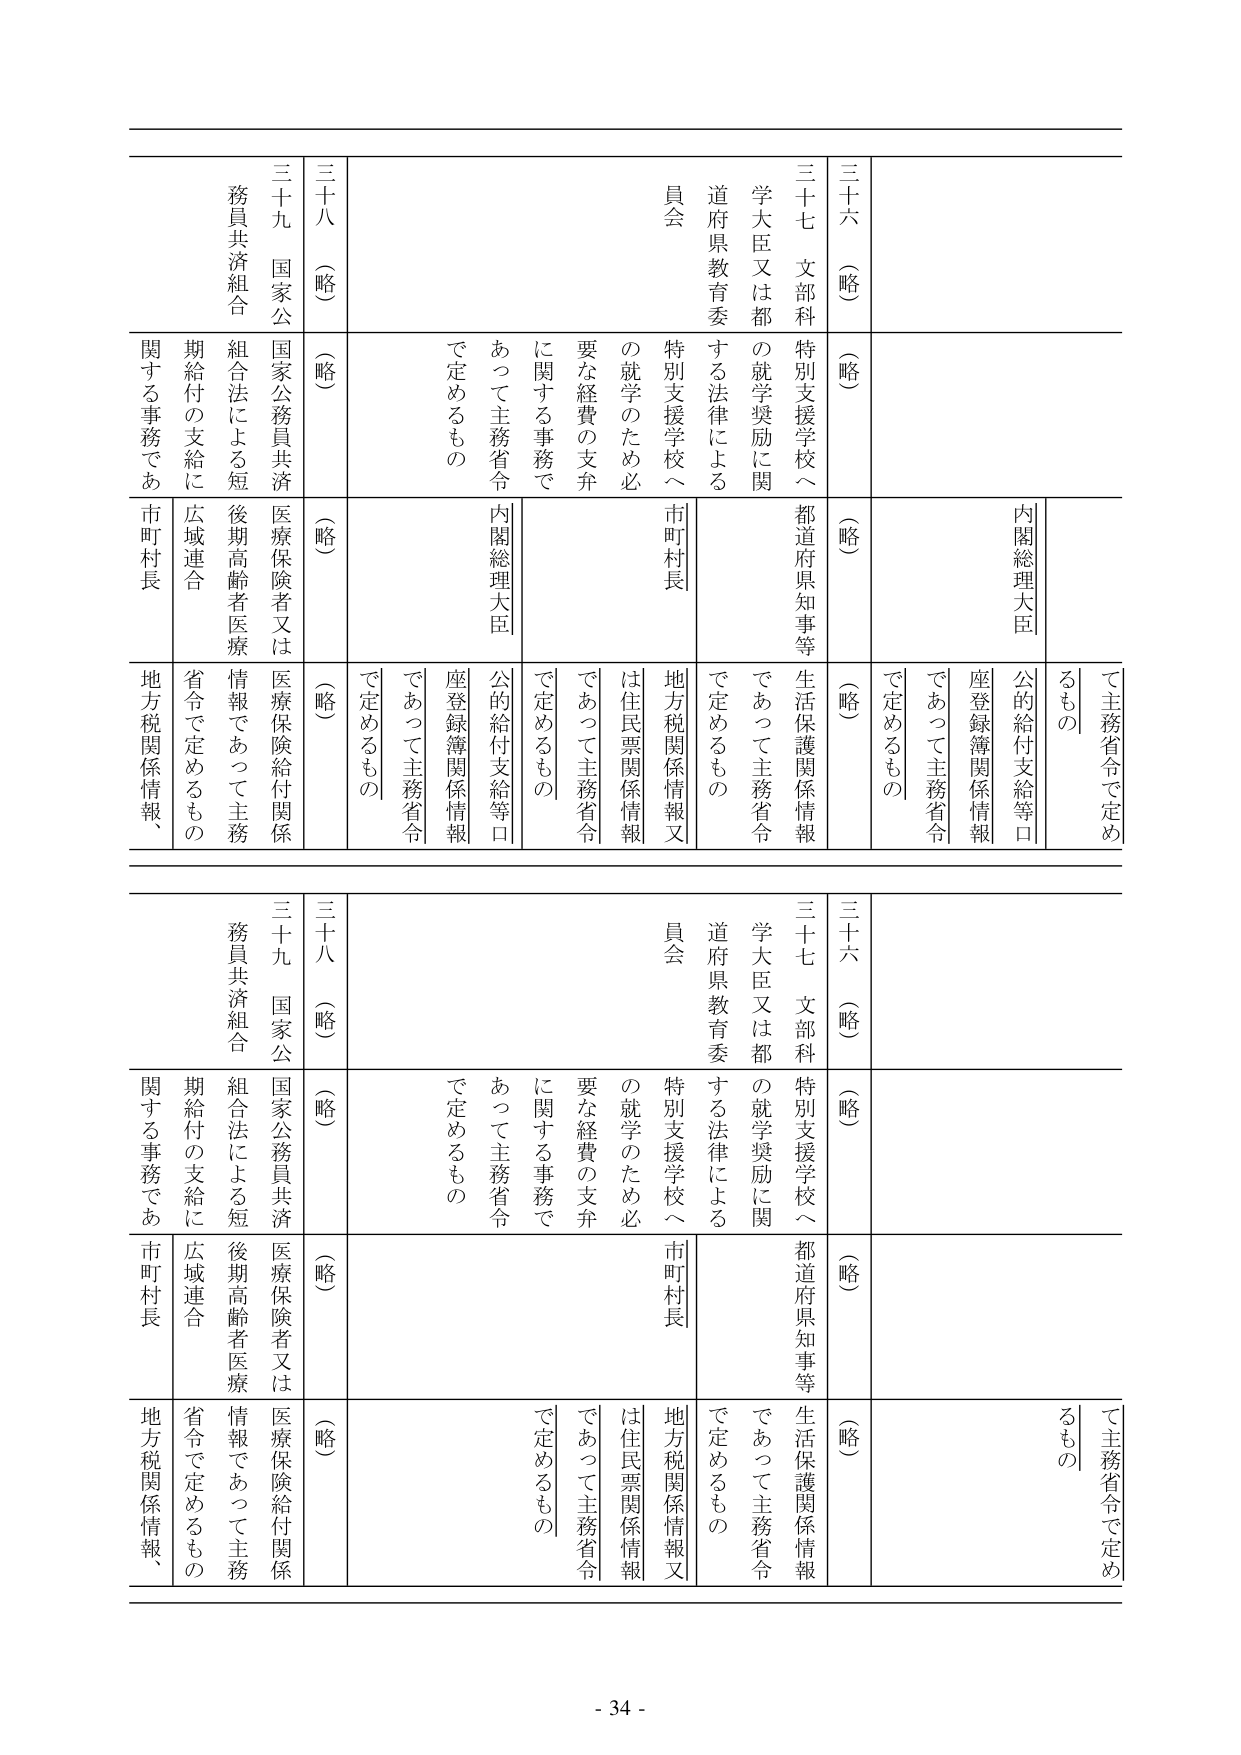
三十六（略）
三十七 文部科
学大臣又は都
道府県教育委
員会
特別支援学校へ
の就学奨励に関
する法律による
特別支援学校へ
の就学のため必
要な経費の支弁
に関する事務で
あって主務省令
で定めるもの
三十八（略）
三十九 国家公
務員共済組合
国家公務員共済
組合法による短
期給付の支給に
関する事務であ
るもの
（略）
（略）
（略）
（略）
内閣総理大臣
市町村長
地方税関係情報又
は住民票関係情報
公的給付支給等口
座登録簿関係情報
であって主務省令
で定めるもの
都道府県知事等
生活保護関係情報
であって主務省令
で定めるもの
医療保険者又は
医療保険給付関係
情報であって主務
省令で定めるもの
後期高齢者医療
広域連合
市町村長
地方税関係情報、
て主務省令で定め
るも の

三十六（略）
三十七 文部科
学大臣又は都
道府県教育委
員会
特別支援学校へ
の就学奨励に関
する法律による
特別支援学校へ
の就学のため必
要な経費の支弁
に関する事務で
あって主務省令
で定めるもの
三十八（略）
三十九 国家公
務員共済組合
国家公務員共済
組合法による短
期給付の支給に
関する事務であ
るもの
（略）
（略）
（略）
（略）
内閣総理大臣
市町村長
地方税関係情報又
は住民票関係情報
公的給付支給等口
座登録簿関係情報
であって主務省令
で定めるもの
都道府県知事等
生活保護関係情報
であって主務省令
で定めるもの
医療保険者又は
医療保険給付関係
情報であって主務
省令で定めるもの
後期高齢者医療
広域連合
市町村長
地方税関係情報、
て主務省令で定め
るも の

- 34 -